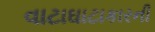
વાટાઘાટાકારની